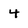
Character: 4